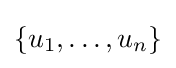
\{u_{1},\ldots ,u_{n}\}